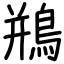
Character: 鵧